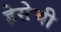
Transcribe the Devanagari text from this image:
हेसेची